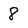
Character: 8